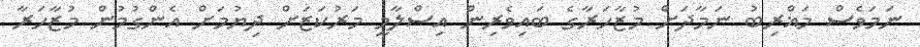
ނަމަވެސް މަޣްރިބު ނަމާދަށް މުޒާހަރާގެ ބައިވެރިން އިސްލާމީ މަރުކަޒަށް ދިޔުމަށް އެންގުމުން މުޒާހަރާ